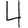
Digit: 4